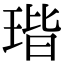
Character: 瑎